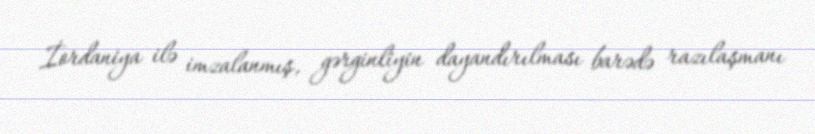
İordaniya ilə imzalanmış, gərginliyin dayandırılması barədə razılaşmanı